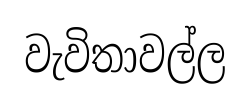
වැවිතාවල්ල